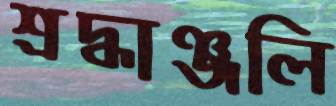
শ্রদ্ধাঞ্জলি